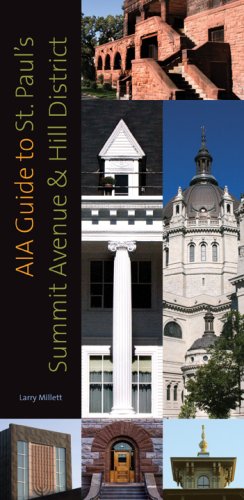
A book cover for AIA Guide to St. Paul's Summit Avenue and Hill District; Larry Millett; Travel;